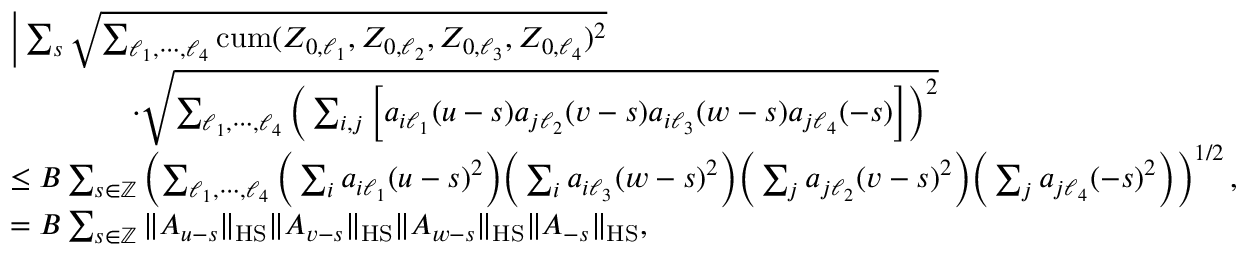
\begin{array} { r l } & { \Big | \sum _ { s } \sqrt { \sum _ { \ell _ { 1 } , \cdots , \ell _ { 4 } } \mathrm { c u m } ( Z _ { 0 , \ell _ { 1 } } , Z _ { 0 , \ell _ { 2 } } , Z _ { 0 , \ell _ { 3 } } , Z _ { 0 , \ell _ { 4 } } ) ^ { 2 } } } \\ & { \qquad \qquad \cdot \sqrt { \sum _ { \ell _ { 1 } , \cdots , \ell _ { 4 } } \Big ( \sum _ { i , j } \Big [ a _ { i \ell _ { 1 } } ( u - s ) a _ { j \ell _ { 2 } } ( v - s ) a _ { i \ell _ { 3 } } ( w - s ) a _ { j \ell _ { 4 } } ( - s ) \Big ] \Big ) ^ { 2 } } } \\ & { \le B \sum _ { s \in \mathbb { Z } } \left( \sum _ { \ell _ { 1 } , \cdots , \ell _ { 4 } } \Big ( \sum _ { i } a _ { i \ell _ { 1 } } ( u - s ) ^ { 2 } \Big ) \Big ( \sum _ { i } a _ { i \ell _ { 3 } } ( w - s ) ^ { 2 } \Big ) \Big ( \sum _ { j } a _ { j \ell _ { 2 } } ( v - s ) ^ { 2 } \Big ) \Big ( \sum _ { j } a _ { j \ell _ { 4 } } ( - s ) ^ { 2 } \Big ) \right) ^ { 1 / 2 } , } \\ & { = B \sum _ { s \in \mathbb { Z } } \| A _ { u - s } \| _ { \mathrm { H S } } \| A _ { v - s } \| _ { \mathrm { H S } } \| A _ { w - s } \| _ { \mathrm { H S } } \| A _ { - s } \| _ { \mathrm { H S } } , } \end{array}